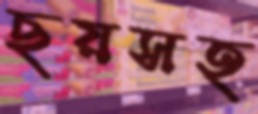
ছয়সহ